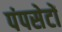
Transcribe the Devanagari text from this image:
पंपसेटों